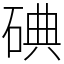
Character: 碘